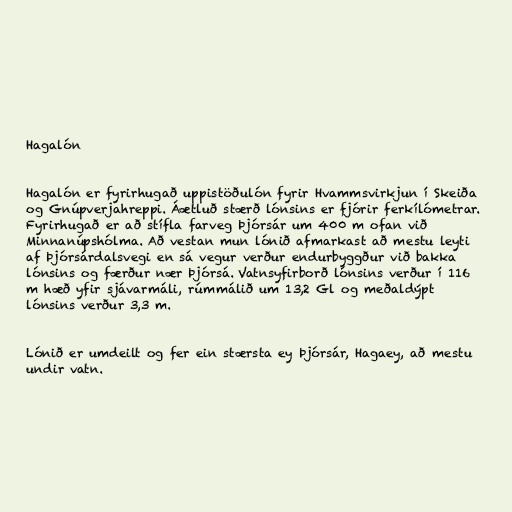
Hagalón

Hagalón er fyrirhugað uppistöðulón fyrir Hvammsvirkjun í Skeiða
og Gnúpverjahreppi. Áætluð stærð lónsins er fjórir ferkílómetrar.
Fyrirhugað er að stífla farveg Þjórsár um 400 m ofan við
Minnanúpshólma. Að vestan mun lónið afmarkast að mestu leyti
af Þjórsárdalsvegi en sá vegur verður endurbyggður við bakka
lónsins og færður nær Þjórsá. Vatnsyfirborð lónsins verður í 116
m hæð yfir sjávarmáli, rúmmálið um 13,2 Gl og meðaldýpt
lónsins verður 3,3 m.

Lónið er umdeilt og fer ein stærsta ey Þjórsár, Hagaey, að mestu
undir vatn.